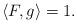
LaTeX: \begin{align*}\langle F , g\rangle=1.\end{align*}